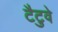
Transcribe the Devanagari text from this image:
टैटुवे